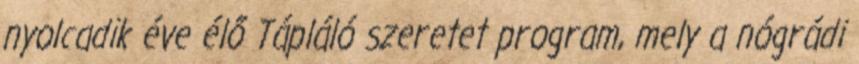
nyolcadik éve élő Tápláló szeretet program, mely a nógrádi